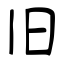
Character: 旧